Lunatic asylums Punjab 1881-1894 - 1881-1894
Year: 1881
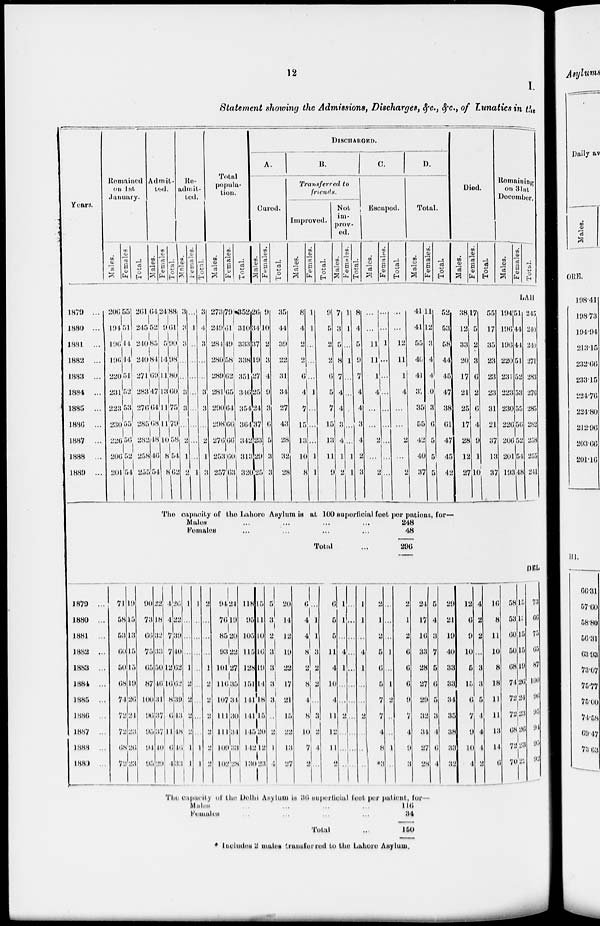
12
I.
Statement showing the Admissions, Discharges, &c., &c., of Lunatics in the
Years.
Remained
on 1st.
January.
Males.
Females
Total.
Admit-
ed
Males.
Females
Total.
Re-
admit-
ted.
Males.
Females.
Total.
Total
popula-
tion.
Males.
Females.
Total.
DISCHARGED.
A.
Cured.
Males.
Females.
Total.
B.
Transferred to
friends.
Improved.
Males.
Females.
Total.
Not
im-
prov-
ed.
Males.
Females.
Total.
C.
Escaped.
Males.
Females.
Total.
D.
Total.
Males.
Females.
Total.
Died.
Males.
Females.
Total.
Remaining
on 31st
December.
Males.
Females.
Total.
LAH
1879 ...
1880 ...
1881 ...
1882 ...
1883 ...
1884
...
1885
...
1886 ...
1887
...
1888 ...
1889 ...
206
194
196
196
220
231
223
230
226
206
201
55
51
44
44
51
52
53
55
56
52
54
261
245
240
240
271
283
276
285
282
258
255
64
52
85
84
69
47
64
68
48
46
54
24
9
5
14
11
13
11
11
10
8
8
88
61
90
98
80
60
75
79
58
54
62
3
3
3
...
...
3
3
...
2
1
2
...
1
...
...
...
...
...
...
...
...
1
3
4
3
...
...
3
3
...
2
1
3
273
249
284
280
289
281
290
298
276
253
257
79
61
49
58
62
65
64
66
66
60
63
352
310
333
338
351
346
354
364
342
313
320
26
34
37
19
27
25
24
37
23
29
25
9
10
2
3
4
9
3
6
5
3
3
35
44
39
22
31
34
27
43
28
32
28
8
4
2
2
6
4
7
15
13
10
8
1
1
...
...
...
1
...
...
...
1
1
9
5
2
2
6
5
7
15
13
11
9
7
3
5
8
7
4
4
3
4
1
2
1
1
...
1
...
...
...
...
...
1
1
8
4
5
9
7
4
4
3
4
2
3
...
...
11
11
1
4
...
...
2
...
2
...
...
1
...
...
...
...
...
...
...
...
...
...
12
11
1
4
...
...
2
...
2
41
41
55
40
41
37
35
55
42
40
37
11
12
3
4
4
10
3
6
5
5
5
52
53
58
44
45
47
38
61
47
45
42
38
12
33
20
17
21
25
17
28
12
27
17
5
2
3
6
2
6
4
9
1
10
55
17
35
23
23
23
31
21
37
13
37
194
196
196
220
231
223
230
220
206
201
193
51
44
44
51
52
53
55
56
52
54
48
245
240
240
271
283
276
285
282
258
255
241
The capacity of the Lahore Asylum is at 100 superficial feet per patient, for—
Males ... ... ... ...
Females ... ... ... ...
Total ...
248
48
296
DEL
1879 ...
1880 ...
1881
...
1882 ...
1883 ...
1884 ...
1885 ...
1886 ...
1887
...
1888 ...
1889 ...
71
58
53
60
50
68
74
72
72
68
72
19
15
13
15
15
19
26
24
23
26
23
90
73
6
75
65
87
100
96
95
91
95
22
18
32
33
50
46
31
37
37
10
29
4
4
7
7
12
16
8
6
11
6
4
26
22
39
40
62
62
39
43
48
10
33
1
...
...
...
1
2
2
2
2
1
1
1
...
...
...
...
...
...
...
...
1
1
2
...
...
...
1
2
2
2
2
2
2
94
76
85
93
101
116
107
111
111
109
102
24
19
20
22
27
35
34
30
34
33
28
118
95
105
115
128
151
141
141
145
142
130
15
11
10
16
19
14
18
15
20
12
23
5
3
2
3
3
3
3
..
2
1
4
20
14
12
19
22
17
21
15
22
13
27
6
4
4
8
2
8
4
8
10
7
2
...
1
1
3
2
2
...
3
2
4
...
6
5
5
11
4
10
4
11
12
11
2
1
1
...
4
1
...
...
2
...
...
...
...
...
...
...
...
...
...
...
...
...
...
1
1
...
4
1
...
...
2
...
...
...
2
1
2
5
6
5
7
7
4
8
3
...
...
...
1
...
1
2
..
...
1
...
2
1
2
6
6
6
9
7
4
9
3
24
17
16
33
28
27
29
32
34
27
28
5
4
3
7
5
6
5
3
4
6
4
29
21
19
40
33
33
34
35
38
33
32
12
6
9
10
5
15
6
7
9
10
4
4
2
2
...
3
3
5
4
4
4
2
16
8
11
10
8
18
11
11
13
14
6
58
53
60
50
68
74
72
72
68
72
70
19
13
15
15
19
26
24
23
26
23
22
73
66
75
65
87
100
96
95
94
95
92
The capacity of the Delhi Asylum is 36 superficial feet per patient, for
Male ... ... ... ...
Females ... ... ... ...
Total ...
116
34
150
* Includes 2 males transferred to the Lahore Asylum.